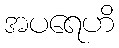
အပရေဟိ